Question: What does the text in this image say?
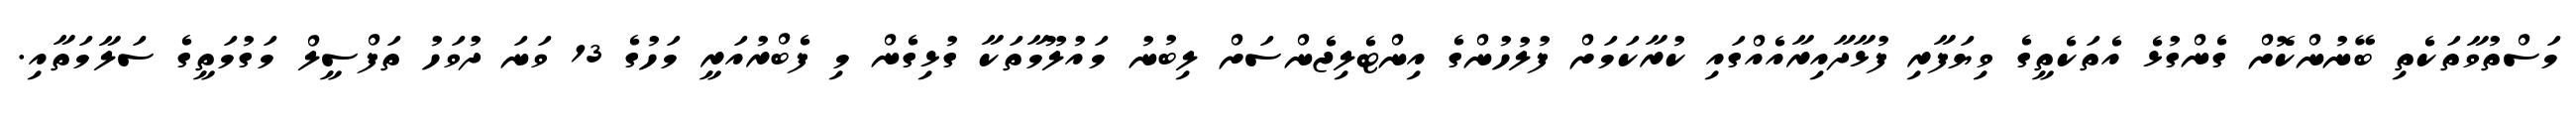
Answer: މަސްތުވާތަކެތި ބޭނުންކޮށް ގެންގުޅެ އެތަކެތީގެ ވިޔަފާރި ފުޅާދާއިރާއެއްގައި ކުރާކަމަށް ފުލުހުންގެ އިންޓެލިޖެންސަށް ލިބުނު މައުލޫމާތަކާ ގުޅިގެން މި ފެބްރުއަރީ މަހުގެ 13 ވަނަ ދުވަހު ތަފްސީލް މަގުމަތީގެ ސަލާމަތާއި.